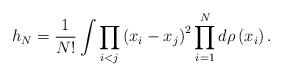
LaTeX: \begin{align*}h_{N}=\frac{1}{N!}\int \prod_{i<j}\left( x_{i}-x_{j}\right)^{2}\prod_{i=1}^{N}d\rho \left( x_{i}\right) .\end{align*}